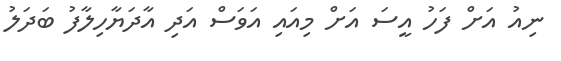
ނިއު އަށް ފަހު އީސަ އަށް މިއައި އަވަސް އަދި އާދަޔާހިލާފު ބަދަލު